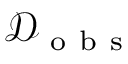
\mathcal { D } _ { \mathrm { ~ o ~ b ~ s ~ } }